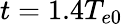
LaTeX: t=1.4{{T}_{e0}}